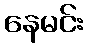
နေမင်း